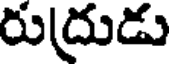
రుద్రుడు